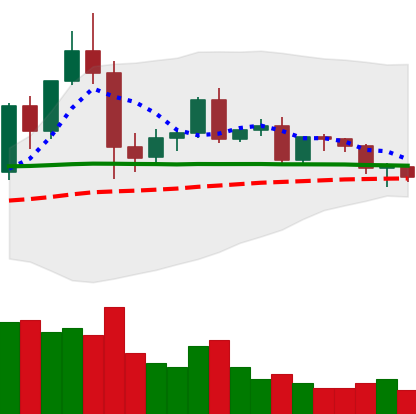
Ticker: EOS-USD
Chart end date: 2020-12-10
Forward return: 4.442%
Label: up_3_5